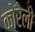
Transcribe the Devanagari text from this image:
कोरेलो